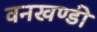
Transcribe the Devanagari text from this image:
वनखण्डी